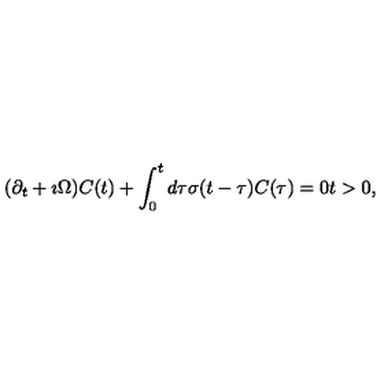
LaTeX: ( \partial _ { t } + \imath \Omega ) C ( t ) + \int _ { 0 } ^ { t } d \tau \sigma ( t - \tau ) C ( \tau ) = 0 t > 0 ,